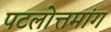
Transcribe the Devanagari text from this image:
पटलोत्तमांग